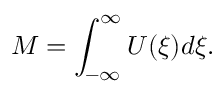
M = \int _ { - \infty } ^ { \infty } U ( \xi ) d \xi .